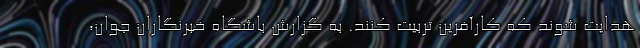
هدایت شوند که کارآفرین تربیت کنند. به گزارش باشگاه خبرنگاران جوان،